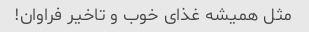
مثل همیشه غذای خوب و تاخیر فراوان!